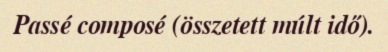
Passé composé (összetett múlt idő).